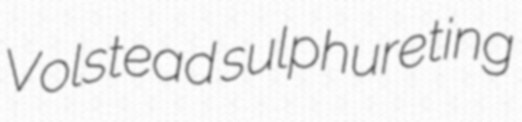
Volstead sulphureting